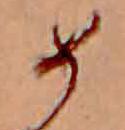
め